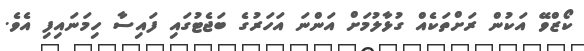
ކޯޒްވޭ އަކުން ރަށްތަކެއް ގުޅާލުމަށް އަންނަ އަހަރުގެ ބަޖެޓުގައި ފައިސާ ހިމަނައިފި އެވެ.